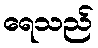
ရေသည်